Indian journal of veterinary science and animal husbandry - Volumes 15-17, 1948-1951
Year: 1948
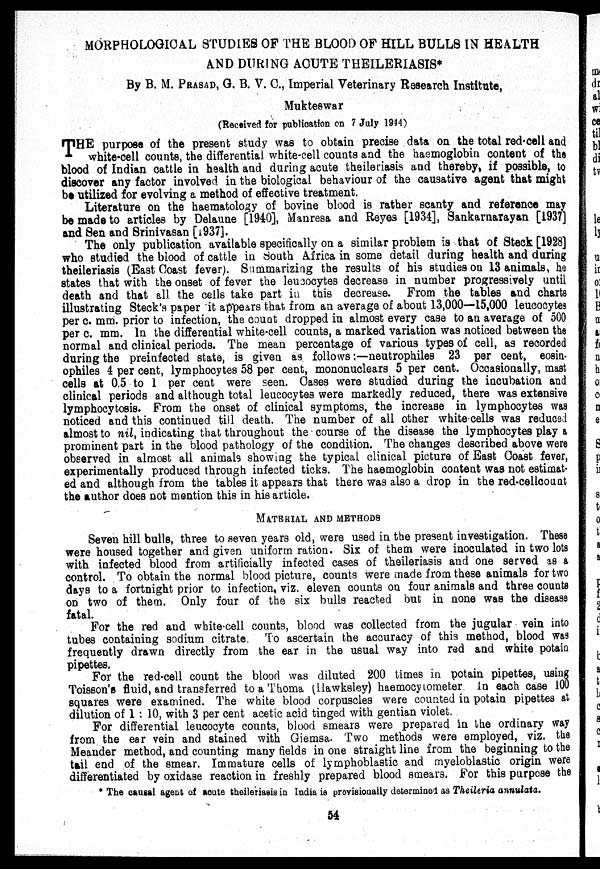
MORPHOLOGICAL STUDIES OF THE BLOOD OF HILL BULLS IN HEALTH
AND DURING ACUTE THEILERIASIS*
By B. M. PRASAD, G. B. V. C., Imperial Veterinary Research Institute,
Mukteswar
(Received for publication on 7 July 1944)
THE purpose of the present study was to obtain precise data on the total red-cell and
white-cell counts, the differential white-cell counts and the haemoglobin content of the
blood of Indian cattle in health and during acute theileriasis and thereby, if possible, to
discover any factor involved in the biological behaviour of the causative agent that might
be utilized for evolving a method of effective treatment.
Literature on the haematology of bovine blood is rather scanty and reference may
be made to articles by Delaune [1940], Manresa and Reyes [1934], Sankarnarayan [1937]
and Sen and Srinivasan [1937].
The only publication available specifically on a similar problem is that of Steck [1928]
who studied the blood of cattle in South Africa in some detail during health and during
theileriasis (East Coast fever). Summarizing the results of his studies on 13 animals, he
states that with the onset of fever the leucocytes decrease in number progressively until
death and that all the cells take part in this decrease. From the tables and charts
illustrating Steck's paper it appears that from an average of about 13,000—15,000 leucocytes
per c. mm. prior to infection, the count dropped in almost every case to an average of 500
per c. mm. In the differential white-cell counts, a marked variation was noticed between the
normal and clinical periods. The mean percentage of various types of cell, as recorded
during the preinfected state, is given as follows:—neutrophiles 23 per cent, eosin-
ophiles 4 per cent, lymphocytes 58 per cent, mononuclears 5 per cent. Occasionally, mast
cells at 0.5 to 1 per cent were seen. Cases were studied during the incubation and
clinical periods and although total leucocytes were markedly reduced, there was extensive
lymphocytosis. From the onset of clinical symptoms, the increase in lymphocytes was
noticed and this continued till death. The number of all other white cells was reduced
almost to nil, indicating that throughout the course of the disease the lymphocytes play a
prominent part in the blood pathology of the condition. The changes described above were
observed in almost all animals showing the typical clinical picture of East Coast fever,
experimentally produced through infected ticks. The haemoglobin content was not estimat-
ed and although from the tables it appears that there was also a drop in the red-cellcount
the author does not mention this in his article.
METHODS AND METHODS
Seven hill bulls, three to seven years old, were used in the present investigation. These
were housed together and given uniform ration. Six of them were inoculated in two lots
with infected blood from artificially infected cases of theileriasis and one served as a
control. To obtain the normal blood picture, counts were made from these animals for two
days to a fortnight prior to infection, viz. eleven counts on four animals and three counts
on two of them. Only four of the six bulls reacted but in none was the disease
fatal.
For the red and white-cell counts, blood was collected from the jugular vein into
tubes containing sodium citrate. To ascertain the accuracy of this method, blood was
frequently drawn directly from the ear in the usual way into red and white potain
pipettes.
For the red-cell count the blood was diluted 200 times in potain pipettes, using
Toisson's fluid, and transferred to a Thoma (Hawksley) haemocytometer. In each case 100
squares were examined. The white blood corpuscles were counted in potain pipettes at
dilution of 1 : 10, with 3 per cent acetic acid tinged with gentian violet.
For differential leucocyte counts, blood smears were prepared in the ordinary way
from the ear vein and stained with Giemsa. Two methods were employed, viz. the
Meander method, and counting many fields in one straight line from the beginning to the
tail end of the smear. Immature cells of lymphoblastic and myeloblastic origin were
differentiated by oxidase reaction in freshly prepared blood smears. For this purpose the
* The causal agent of acute theileriasis in India is provisionally determined as Theileria annulata.
54